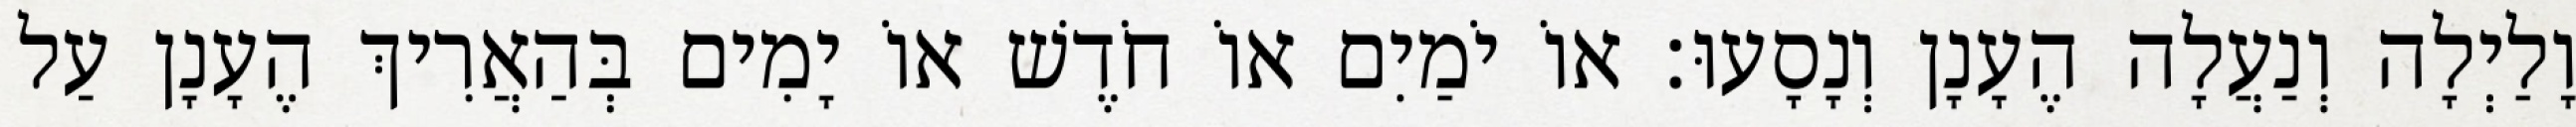
וָלַיְלָה וְנַעֲלָה הֶעָנָן וְנָסָעוּ׃ אוֹ יֹמַיִם אוֹ חֹדֶשׁ אוֹ יָמִים בְּהַאֲרִיךְ הֶעָנָן עַל